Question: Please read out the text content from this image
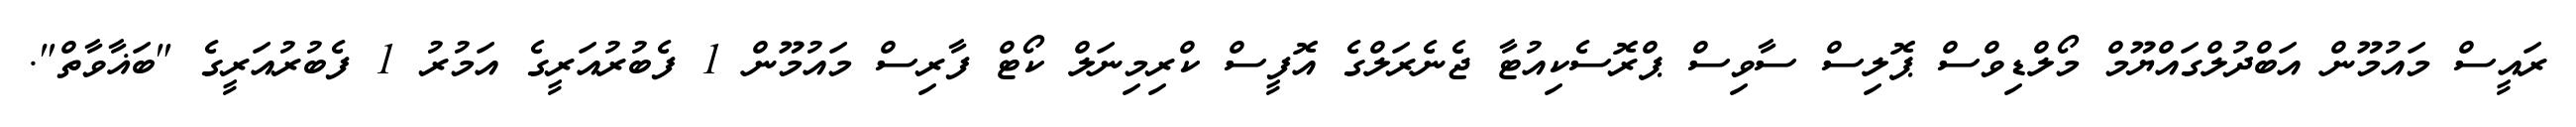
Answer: ރައީސް މައުމޫން އަބްދުލްގައްޔޫމް މޯލްޑިވްސް ޕޮލިސް ސާވިސް ޕްރޮސެކިއުޓާ ޖެނެރަލްގެ އޮފީސް ކްރިމިނަލް ކޯޓް ފާރިސް މައުމޫން 1 ފެބުރުއަރީގެ އަމުރު 1 ފެބުރުއަރީގެ "ބަޣާވާތް".